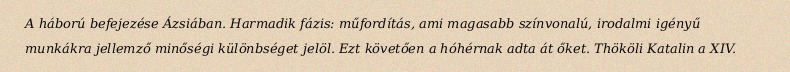
A háború befejezése Ázsiában. Harmadik fázis: műfordítás, ami magasabb színvonalú, irodalmi igényű munkákra jellemző minőségi különbséget jelöl. Ezt követően a hóhérnak adta át őket. Thököli Katalin a XIV.